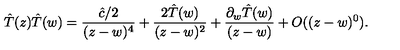
\hat { T } ( z ) \hat { T } ( w ) = \frac { \hat { c } / 2 } { ( z - w ) ^ { 4 } } + \frac { 2 \hat { T } ( w ) } { ( z - w ) ^ { 2 } } + \frac { \partial _ { w } \hat { T } ( w ) } { ( z - w ) } + O ( ( z - w ) ^ { 0 } ) .